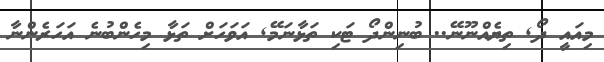
މިއައީ ދޯ